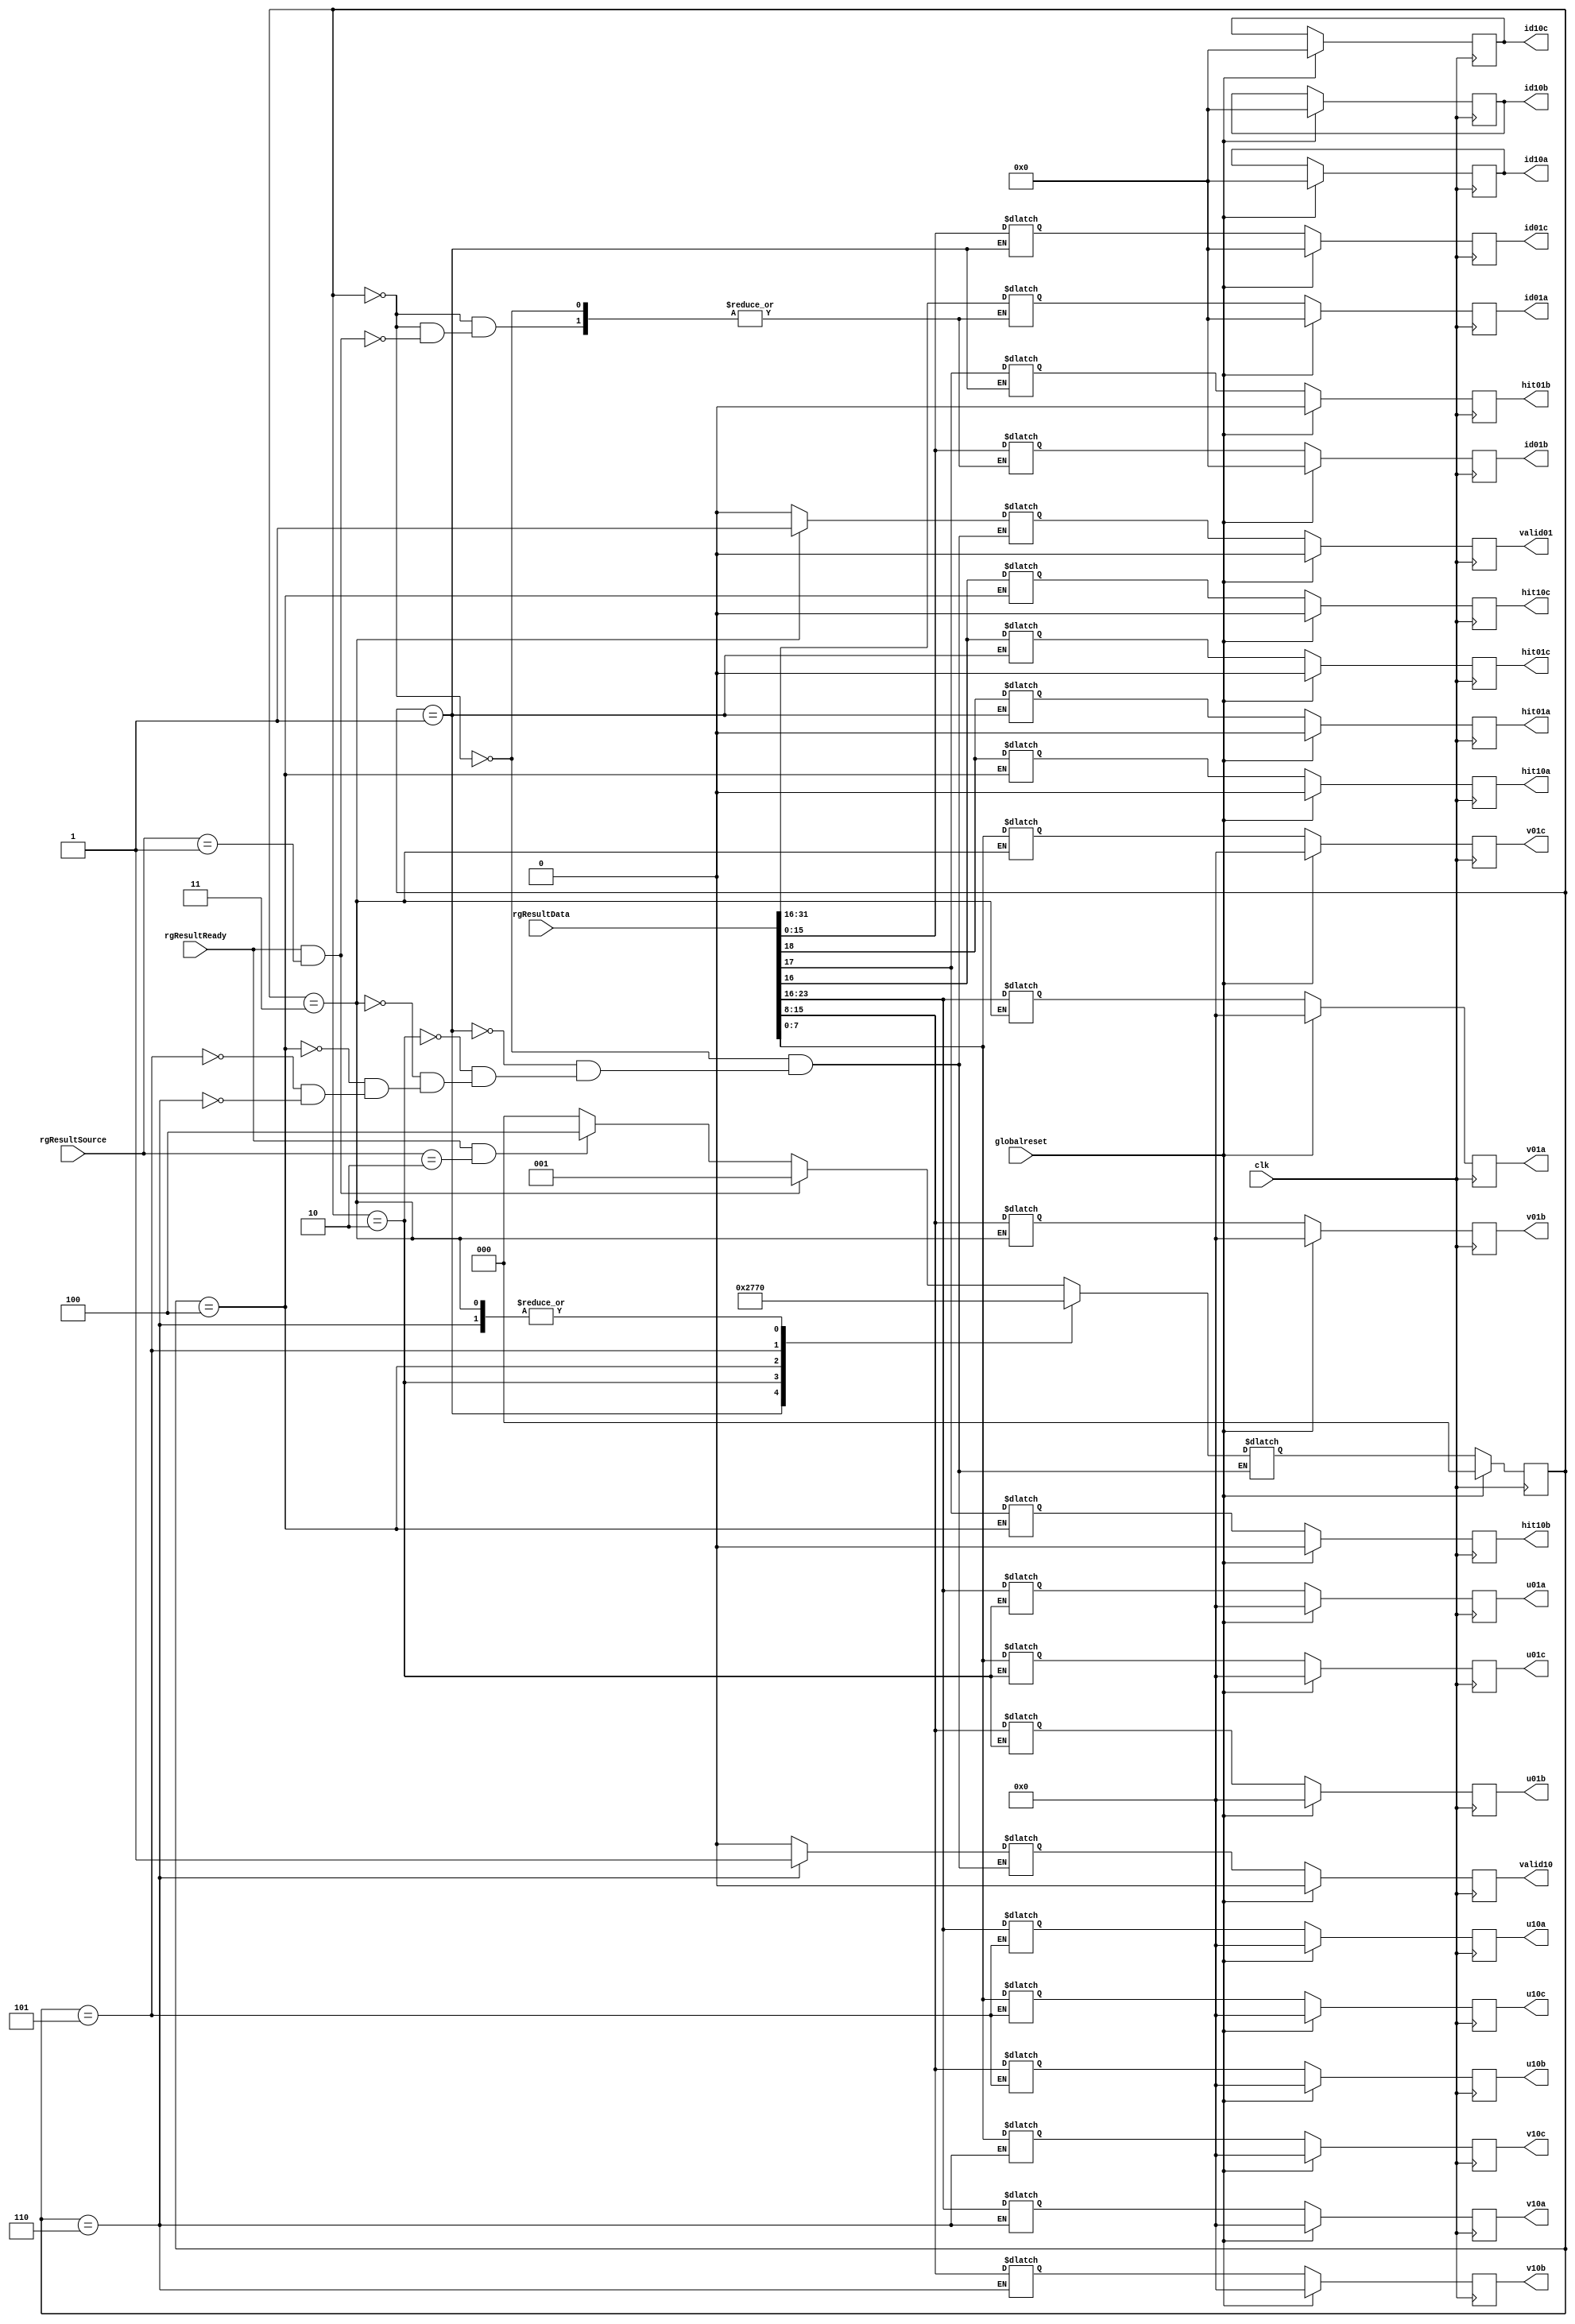
`define SIMULATION_MEMORY

 module resultrecieve (valid01, valid10, id01a, id01b, id01c, id10a, id10b, id10c, hit01a, hit01b, hit01c, hit10a, hit10b, hit10c, u01a, u01b, u01c, v01a, v01b, v01c, u10a, u10b, u10c, v10a, v10b, v10c, rgResultData, rgResultReady, rgResultSource, globalreset, clk);

    output valid01; 
    reg valid01;
    output valid10; 
    reg valid10;
    output[15:0] id01a; 
    reg[15:0] id01a;
    output[15:0] id01b; 
    reg[15:0] id01b;
    output[15:0] id01c; 
    reg[15:0] id01c;

    output[15:0] id10a; 
    reg[15:0] id10a;
    output[15:0] id10b; 
    reg[15:0] id10b;
    output[15:0] id10c; 
    reg[15:0] id10c;
    output hit01a; 
    reg hit01a;
    output hit01b; 
    reg hit01b;
    output hit01c; 
    reg hit01c;

    output hit10a; 
    reg hit10a;
    output hit10b; 
    reg hit10b;
    output hit10c; 
    reg hit10c;
    output[7:0] u01a; 
    reg[7:0] u01a;
    output[7:0] u01b; 
    reg[7:0] u01b;
    output[7:0] u01c; 
    reg[7:0] u01c;

    output[7:0] v01a; 
    reg[7:0] v01a;
    output[7:0] v01b; 
    reg[7:0] v01b;
    output[7:0] v01c; 
    reg[7:0] v01c;
    output[7:0] u10a; 
    reg[7:0] u10a;
    output[7:0] u10b; 
    reg[7:0] u10b;
    output[7:0] u10c; 
    reg[7:0] u10c;

    output[7:0] v10a; 
    reg[7:0] v10a;
    output[7:0] v10b; 
    reg[7:0] v10b;
    output[7:0] v10c; 
    reg[7:0] v10c;
    input[31:0] rgResultData; 
    input rgResultReady; 
    input[1:0] rgResultSource; 
    input globalreset; 
    input clk; 

    reg temp_valid01;
    reg temp_valid10;
    reg[15:0] temp_id01a;
    reg[15:0] temp_id01b;
    reg[15:0] temp_id01c;
    reg[15:0] temp_id10a;
    reg[15:0] temp_id10b;
    reg[15:0] temp_id10c;
    reg temp_hit01a;
    reg temp_hit01b;
    reg temp_hit01c;
    reg temp_hit10a;
    reg temp_hit10b;
    reg temp_hit10c;
    reg[7:0] temp_u01a;
    reg[7:0] temp_u01b;
    reg[7:0] temp_u01c;
    reg[7:0] temp_v01a;
    reg[7:0] temp_v01b;
    reg[7:0] temp_v01c;
    reg[7:0] temp_u10a;
    reg[7:0] temp_u10b;
    reg[7:0] temp_u10c;
    reg[7:0] temp_v10a;
    reg[7:0] temp_v10b;
    reg[7:0] temp_v10c;


    reg[2:0] state; 
    reg[2:0] next_state; 

    always @(posedge clk)
    begin
       if (globalreset == 1'b1)
       begin
          state <= 0 ; 
          valid01 <= 1'b0 ; 
          valid10 <= 1'b0 ; 
          hit01a <= 1'b0 ; 
          hit01b <= 1'b0 ; 
          hit01c <= 1'b0 ; 
          hit10a <= 1'b0 ; 
          hit10b <= 1'b0 ; 
          hit10c <= 1'b0 ; 
          id01a <= 0;

          id01b <= 0;
          id01c <= 0;
          id10a <= 0;
          id10b <= 0;
          id10c <= 0;
          u01a <= 0;
          u01b <= 0;
          u01c <= 0;
          v01a <= 0;
          v01b <= 0;
          v01c <= 0;
          u10a <= 0;

          u10b <= 0;
          u10c <= 0;
          v10a <= 0;
          v10b <= 0;
          v10c <= 0;
       end
       else
       begin
          state <= next_state ; 

valid01 <= temp_valid01;
valid10 <= temp_valid10;
id01a <= temp_id01a;
id01b <= temp_id01b;
id01c <= temp_id01c;
hit01a <= temp_hit01a;
hit01b <= temp_hit01b;
hit01c <= temp_hit01c;
u01a <= temp_u01a;
u01b <= temp_u01b;
u01c <= temp_u01c;
u10a <= temp_u10a;
u10b <= temp_u10b;
u10c <= temp_u10c;
v01a <= temp_v01a;
v01b <= temp_v01b;
v01c <= temp_v01c;
v10a <= temp_v10a;
v10b <= temp_v10b;
v10c <= temp_v10c;
hit10a <= temp_hit10a;
hit10b <= temp_hit10b;
hit10c <= temp_hit10c;
       end 
    end 


    always @(state or rgResultReady or rgResultSource)
    begin
       case (state)
          0 :
                   begin
                      if (rgResultReady == 1'b1 & rgResultSource == 2'b01)
                      begin
                         next_state = 1 ; 
                      end
                      else if (rgResultReady == 1'b1 & rgResultSource == 2'b10)
                      begin

                         next_state = 4 ; 
                      end
                      else
                      begin
                         next_state = 0 ; 
                      end 


			temp_valid01 = 1'b0 ; 
				          temp_valid10 = 1'b0 ; 
                         if (rgResultReady == 1'b1 & rgResultSource == 2'b01)
                         begin
                            temp_id01a = rgResultData[31:16] ; 
                            temp_id01b = rgResultData[15:0] ; 
                         end
                         else if (rgResultReady == 1'b1 & rgResultSource == 2'b10)
                         begin
                            temp_id10a = rgResultData[31:16] ; 
                            temp_id10b = rgResultData[15:0] ; 
                         end 

                   end

          1 :
                   begin
                      next_state = 2 ; 

			temp_valid01 = 1'b0 ; 
				          temp_valid10 = 1'b0 ; 
                         temp_id01c = rgResultData[15:0] ; 
                         temp_hit01a = rgResultData[18] ; 
                         temp_hit01b = rgResultData[17] ; 
                         temp_hit01c = rgResultData[16] ; 

                   end
          2 :

                   begin
                      next_state = 3 ; 

			temp_valid01 = 1'b0 ; 
				          temp_valid10 = 1'b0 ; 
                         temp_u01a = rgResultData[23:16] ; 
                         temp_u01b = rgResultData[15:8] ; 
                         temp_u01c = rgResultData[7:0] ; 

                   end
          3 :
                   begin
                      next_state = 0 ; 

				          temp_valid10 = 1'b0 ; 
                         temp_v01a = rgResultData[23:16] ; 
                         temp_v01b = rgResultData[15:8] ; 
                         temp_v01c = rgResultData[7:0] ; 
                         temp_valid01 = 1'b1 ; 

                   end
          4 :
                   begin
                      next_state = 5 ; 

          				temp_valid01 = 1'b0 ; 
				          temp_valid10 = 1'b0 ; 
                         temp_id10c = rgResultData[15:0] ; 

                         temp_hit10a = rgResultData[18] ; 
                         temp_hit10b = rgResultData[17] ; 
                         temp_hit10c = rgResultData[16] ; 

                   end
          5 :

                   begin
                      next_state = 6 ; 

          				temp_valid01 = 1'b0 ; 
				          temp_valid10 = 1'b0 ; 
                         temp_u10a = rgResultData[23:16] ; 
                         temp_u10b = rgResultData[15:8] ; 
                         temp_u10c = rgResultData[7:0] ; 

                   end
          6 :
                   begin
                      next_state = 0 ; 

      				temp_valid01 = 1'b0 ; 
                         temp_v10a = rgResultData[23:16] ; 
                         temp_v10b = rgResultData[15:8] ; 
                         temp_v10c = rgResultData[7:0] ; 
                         temp_valid10 = 1'b1 ; 

                   end
       endcase 
    end 
 endmodule